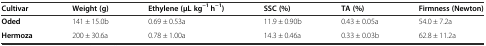
<table><thead><tr><td><b>Cultivar</b></td><td><b>Weight (g)</b></td><td><b>Ethylene(μL kg<sup>−1</sup> h<sup>−1</sup>)</b></td><td><b>SSC (%)</b></td><td><b>TA (%)</b></td><td><b>Firmness(Newton)</b></td></tr></thead><tbody><tr><td><b>Oded</b></td><td>141 ± 15.0b</td><td>0.69 ± 0.53a</td><td>11.9 ± 0.90b</td><td>0.43 ± 0.05a</td><td>54.0 ± 7.2a</td></tr><tr><td><b>Hermoza</b></td><td>200 ± 30.6a</td><td>0.78 ± 1.00a</td><td>14.3 ± 0.46a</td><td>0.33 ± 0.03b</td><td>62.8 ± 11.2a</td></tr></tbody></table>